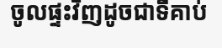
ចូលផ្ទះវិញដូចជាទីគាប់